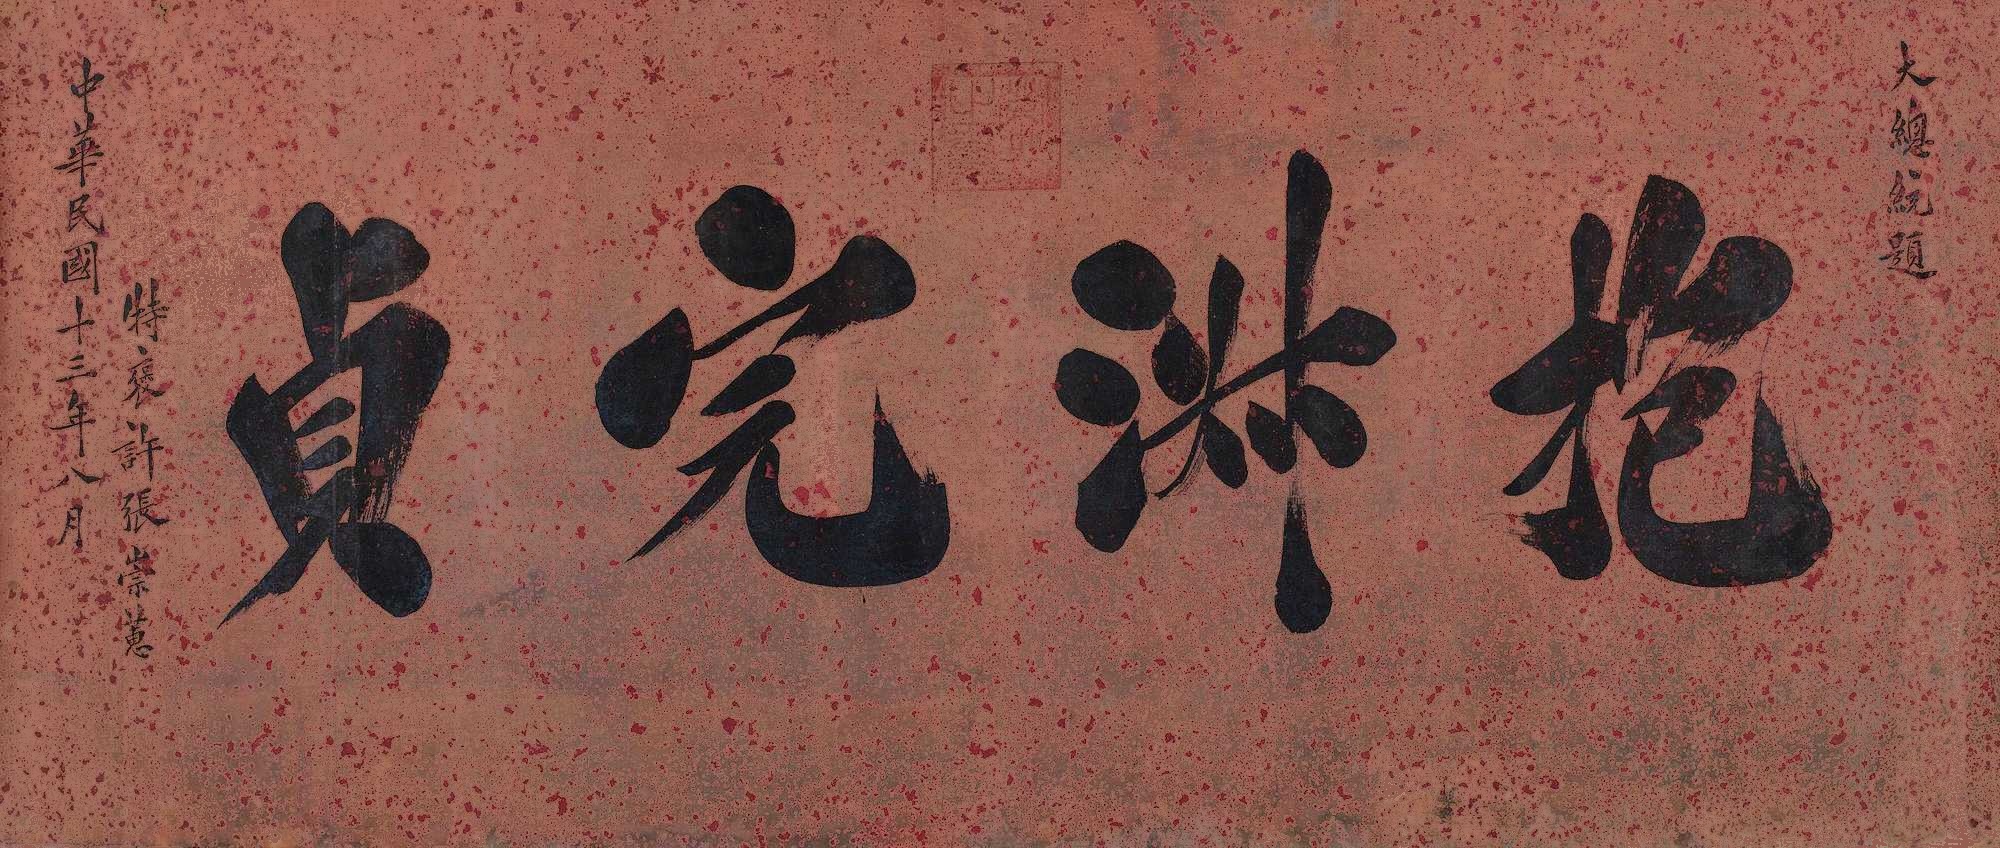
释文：抱澍完贞。大总统题，中华民国十三年八月，特褒许张崇蕙。